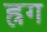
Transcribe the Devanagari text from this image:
ह्रग